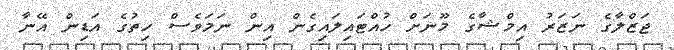
ޖަޒްލާގެ ނަޒަރު އިމްޝާގެ މޫނަށް ހުއްޓައިލައިގެން އިން ނަމަވެސް ހިތުގެ އަޑިން އޭނާ